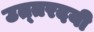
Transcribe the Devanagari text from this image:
उत्‍तरदयी